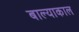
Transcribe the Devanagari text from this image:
बाल्याकाल